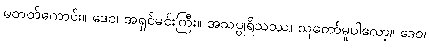
မတတ်ကောင်း။ ဒေဝ၊ အရှင်မင်းကြီး။ အသပ္ပုရိသဿ၊ သူတော်မူပါလော့။ ဒေဝ၊